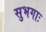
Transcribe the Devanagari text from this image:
सुभगाः